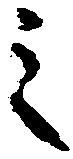
之